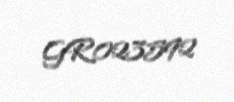
GR023592